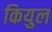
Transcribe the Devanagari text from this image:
कियुल